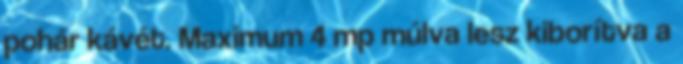
pohár kávét. Maximum 4 mp múlva lesz kiborítva a